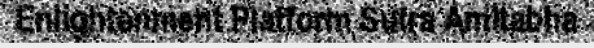
Enlightenment Platform Sutra Amitabha